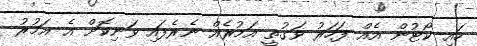
ހައި ކޯޓުން އެއް ފަހަރު ވަގުތީ އަމުރެއް ނެރެފައި ވަނިކޮށް އެ އަމުރު